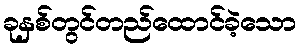
ခုနှစ်တွင်တည်ထောင်ခဲ့သော